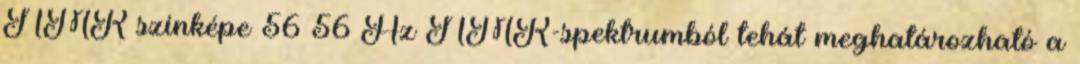
NMR színképe 56 56 Az NMR-spektrumból tehát meghatározható a